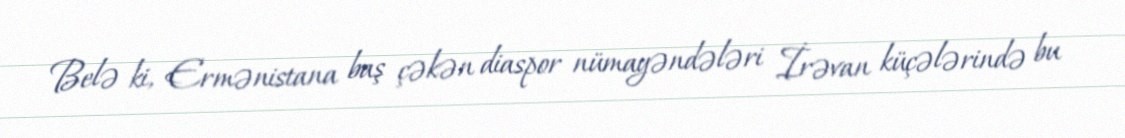
Belə ki, Ermənistana baş çəkən diaspor nümayəndələri İrəvan küçələrində bu